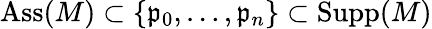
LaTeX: \operatorname{Ass}(M)\subset\{ {\mathfrak{p}}_{0},\dots,{\mathfrak{p}}_{n}\} \subset\operatorname{Supp}(M)